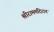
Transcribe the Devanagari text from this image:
श्रीराममंदिरात